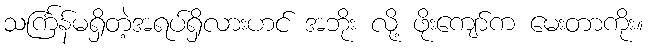
သင်္ကြန်မရှိတဲ့အရပ်ရှိလားဟင် အဘိုး လို့ ဖိုးကျော်က မေးတာကိုး။